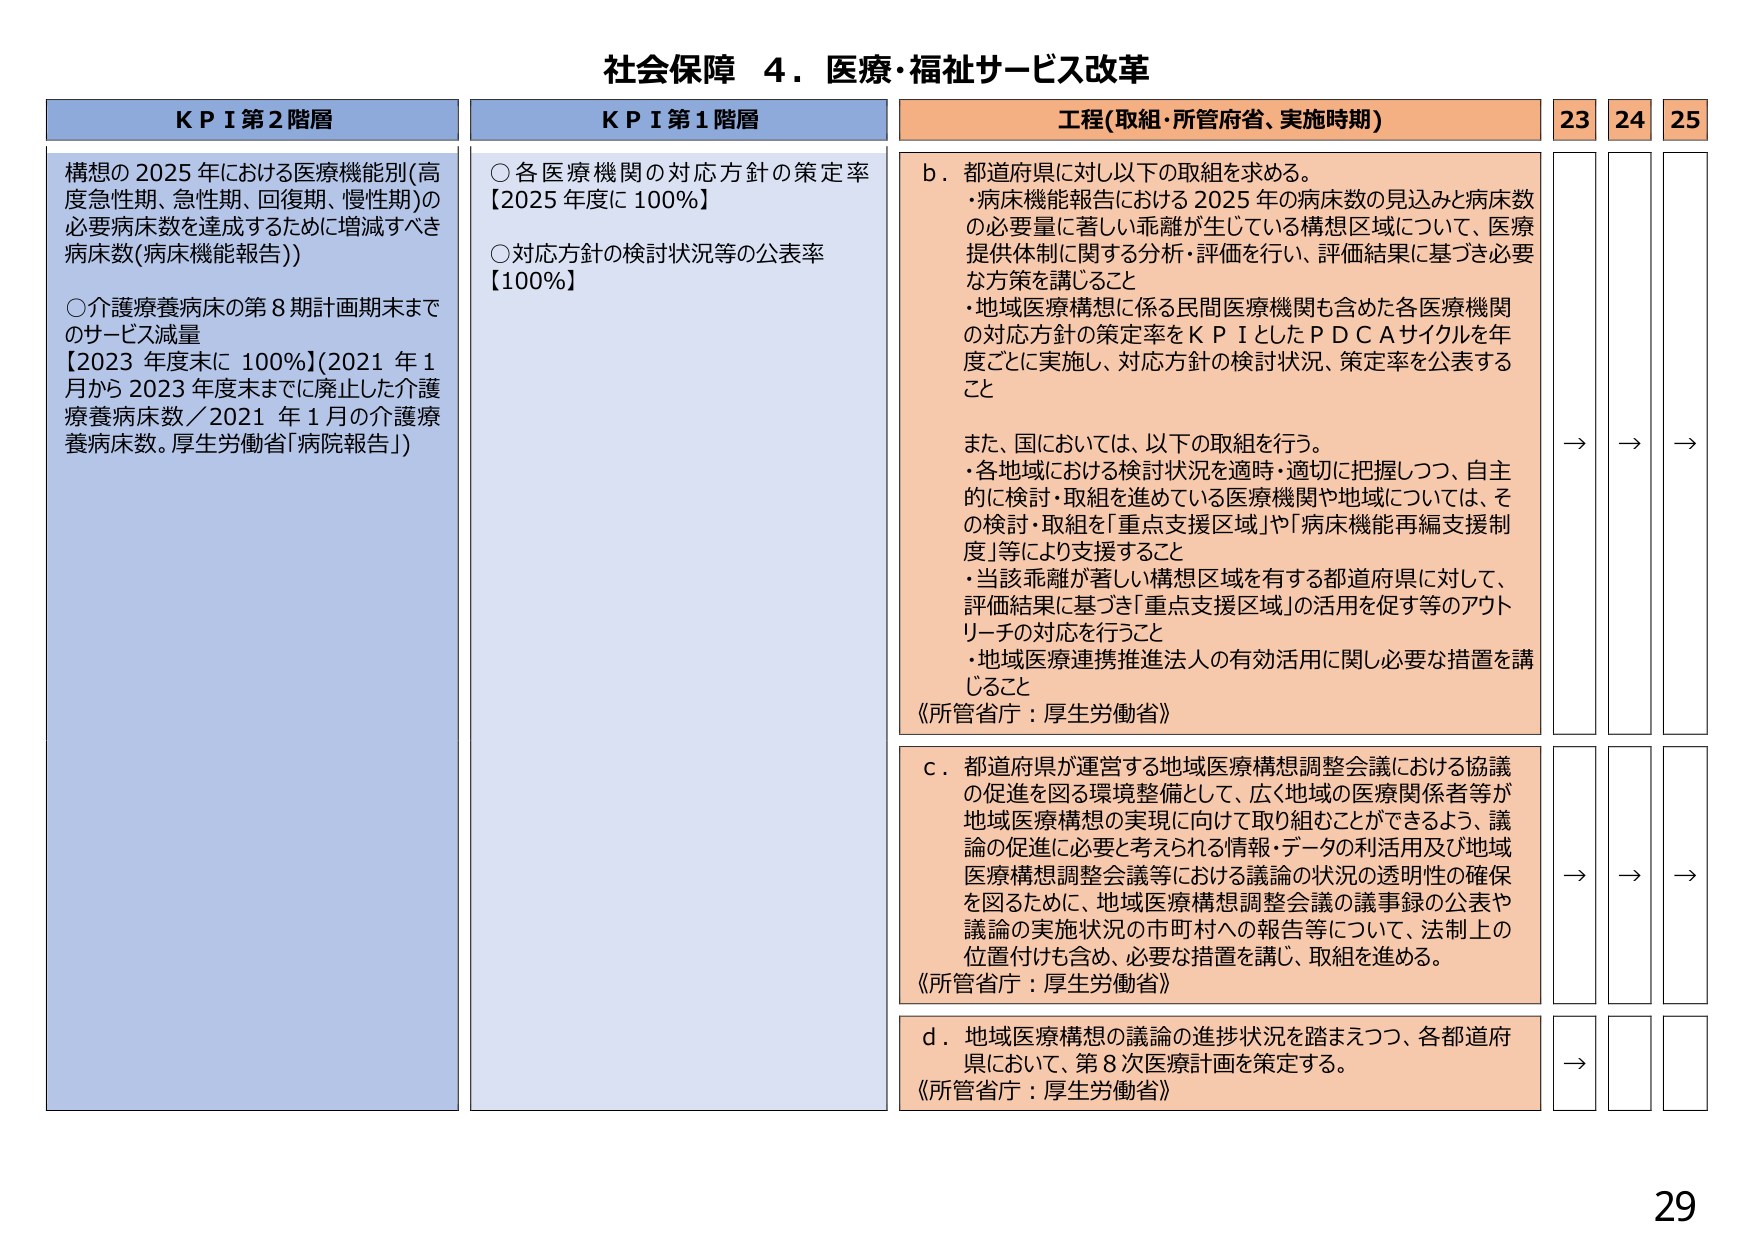
社会保障 ４．医療・福祉サービス改革

KPI第2階層
構想の2025年における医療機能別(高度急性期、急性期、回復期、慢性期)の必要病床数を達成するために増減すべき病床数(病床機能報告))
○介護療養病床の第8期計画期末までのサービス減量
【2023年度末に100%】(2021年1月から2023年度末までに廃止した介護療養病床数／2021年1月の介護療養病床数。厚生労働省「病院報告」)

KPI第1階層
○各医療機関の対応方針の策定率
【2025年度に100%】
○対応方針の検討状況等の公表率
【100%】

工程(取組・所管府省、実施時期)
b．都道府県に対し以下の取組を求める。
・病床機能報告における2025年の病床数の見込みと病床数の必要量に著しい乖離が生じている構想区域について、医療提供体制に関する分析・評価を行い、評価結果に基づき必要な方策を講じること
・地域医療構想に係る民間医療機関も含めた各医療機関の対応方針の策定率をKPIとしたPDCAサイクルを年度ごとに実施し、対応方針の検討状況、策定率を公表すること
また、国においては、以下の取組を行う。
・各地域における検討状況を適時・適切に把握しつつ、自主的に検討・取組を進めている医療機関や地域については、その検討・取組を「重点支援区域」や「病床機能再編支援制度」等により支援すること
・当該乖離が著しい構想区域を有する都道府県に対して、評価結果に基づき「重点支援区域」の活用を促す等のアプローチの対応を行うこと
・地域医療連携推進法人の有効活用に関し必要な措置を講じること
《所管省庁：厚生労働省》

c．都道府県が運営する地域医療構想調整会議における協議の促進を図る環境整備として、広く地域の医療関係者等が地域医療構想の実現に向けて取り組むことができるよう、議論の促進に必要と考えられる情報・データの利活用及び地域医療構想調整会議等における議論の状況の透明性の確保を図るために、地域医療構想調整会議の議事録の公表や議論の実施状況の市町村への報告等について、法制上の位置付けも含め、必要な措置を講じ、取組を進める。
《所管省庁：厚生労働省》

d．地域医療構想の議論の進捗状況を踏まえつつ、各都道府県において、第8次医療計画を策定する。
《所管省庁：厚生労働省》

23 24 25
→ → →
→ → →
→

29